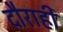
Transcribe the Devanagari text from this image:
दौराही